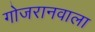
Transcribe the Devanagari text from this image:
गोजरानवाला